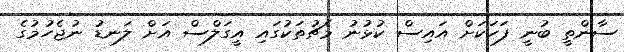
ސާންތީ ބުނީ ފަހަކަށް އައިސް ކުޅުނު މެޗުތަކުގައި އީގަލްސް އަށް ލަނޑު ނުޖެހުމުގެ